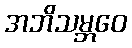
အဘိသမ္ဘဝေ